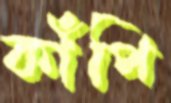
কাঁপি